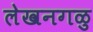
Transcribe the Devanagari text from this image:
लेखनगळु